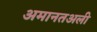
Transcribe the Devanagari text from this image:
अमानतअली